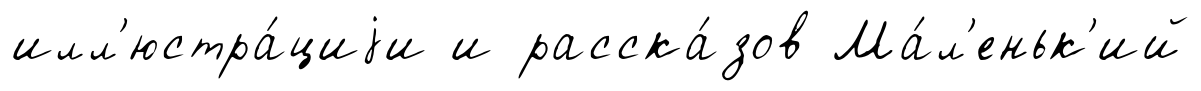
илл'юстра́циjи и расска́зов Ма́л'еньк'ий